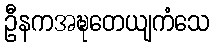
ဦနကအဍ္ဎတေယျကံသေ